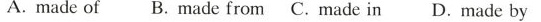
A.made of B.made from C.made in D.made by